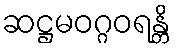
ဆဋ္ဌမဝဂ္ဂဝရန္တိ